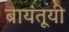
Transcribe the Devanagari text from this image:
बायंतूयी